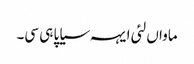
ماواں لئی ایہہ سیاپا ہی سی۔